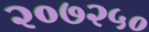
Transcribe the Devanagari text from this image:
२०७२५०